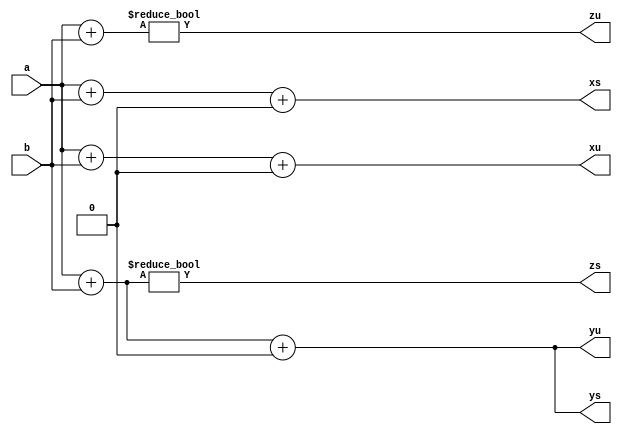
module signed_test01(a, b, xu, xs, yu, ys, zu, zs);

input signed [1:0] a;
input signed [2:0] b;
output [3:0] xu, xs;
output [3:0] yu, ys;
output zu, zs;

assign xu = (a + b) + 3'd0;
assign xs = (a + b) + 3'sd0;

assign yu = {a + b} + 3'd0;
assign ys = {a + b} + 3'sd0;

assign zu = a + b != 3'd0;
assign zs = a + b != 3'sd0;

endmodule